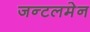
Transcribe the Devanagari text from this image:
जन्टलमेन